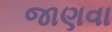
જાણવા